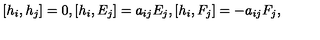
[ h _ { i } , h _ { j } ] = 0 , [ h _ { i } , E _ { j } ] = a _ { i j } E _ { j } , [ h _ { i } , F _ { j } ] = - a _ { i j } F _ { j } ,